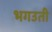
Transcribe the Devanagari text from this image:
भगउती